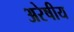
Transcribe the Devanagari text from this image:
अरेषीय